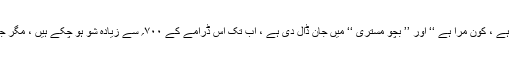
اقبال نیازی کی تحریر اور ہدایت کاری نے ’’ یہ کس کا لہو ہے ، کون مرا ہے ‘‘ اور ’’ بچو مستری ‘‘ میں جان ڈال دی ہے ، اب تک اس ڈرامے کے ۷۰۰؍ سے زیادہ شو ہو چکے ہیں ، مگر جب بھی سامعین اسے دیکھتے ہیں ، اسی طرح سراہتے ہیں ۔